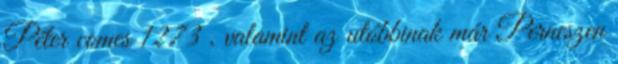
Péter comes 1273 , valamint az utóbbinak már Perneszen